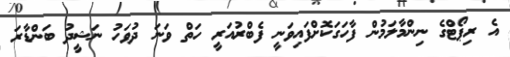
އެ ރިޕޯޓްގެ ނިންމާލަމުން ފާހަގަކޮށްފައިވަނީ ފެބްރުއަރީ ހަތް ވަނަ ދުވަހު ނަޝީދު ބަންޑާރަ